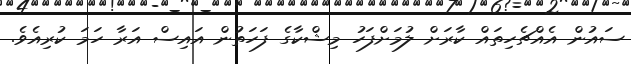
ސައުން އެއްޗެހިތައް ކާރަށް ލުމަށްފަހު މިޝްކާގެ ފަހަތުން އައިސް އަރާ ހަމަ ކުރިއެވެ.